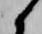
候